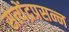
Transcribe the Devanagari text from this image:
सत्येंद्रप्रसन्न